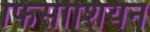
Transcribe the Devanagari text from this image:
फिसीशियन